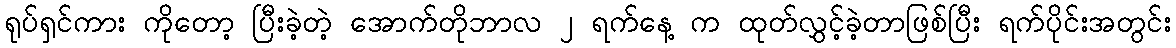
ရုပ်ရှင်ကား ကိုတော့ ပြီးခဲ့တဲ့ အောက်တိုဘာလ ၂ ရက်နေ့ က ထုတ်လွှင့်ခဲ့တာဖြစ်ပြီး ရက်ပိုင်းအတွင်း